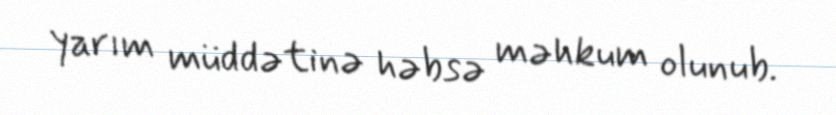
yarım müddətinə həbsə məhkum olunub.